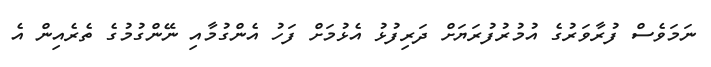
ނަމަވެސް ފުރާވަރުގެ އުމުރުފުރަޔަށް ދަރިފުޅު އެޅުމަށް ފަހު އެންގުމާއި ނޭންގުމުގެ ތެރެއިން އެ